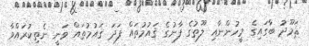
ޘަމޫދު ބާގައިގެ މީހުންނާއި ލޫތުގެ ފާނުގެ ޤައުމުތައް ފަދަ ޤައުމުތައް ވަނީ ނެތިކުރައްވާ